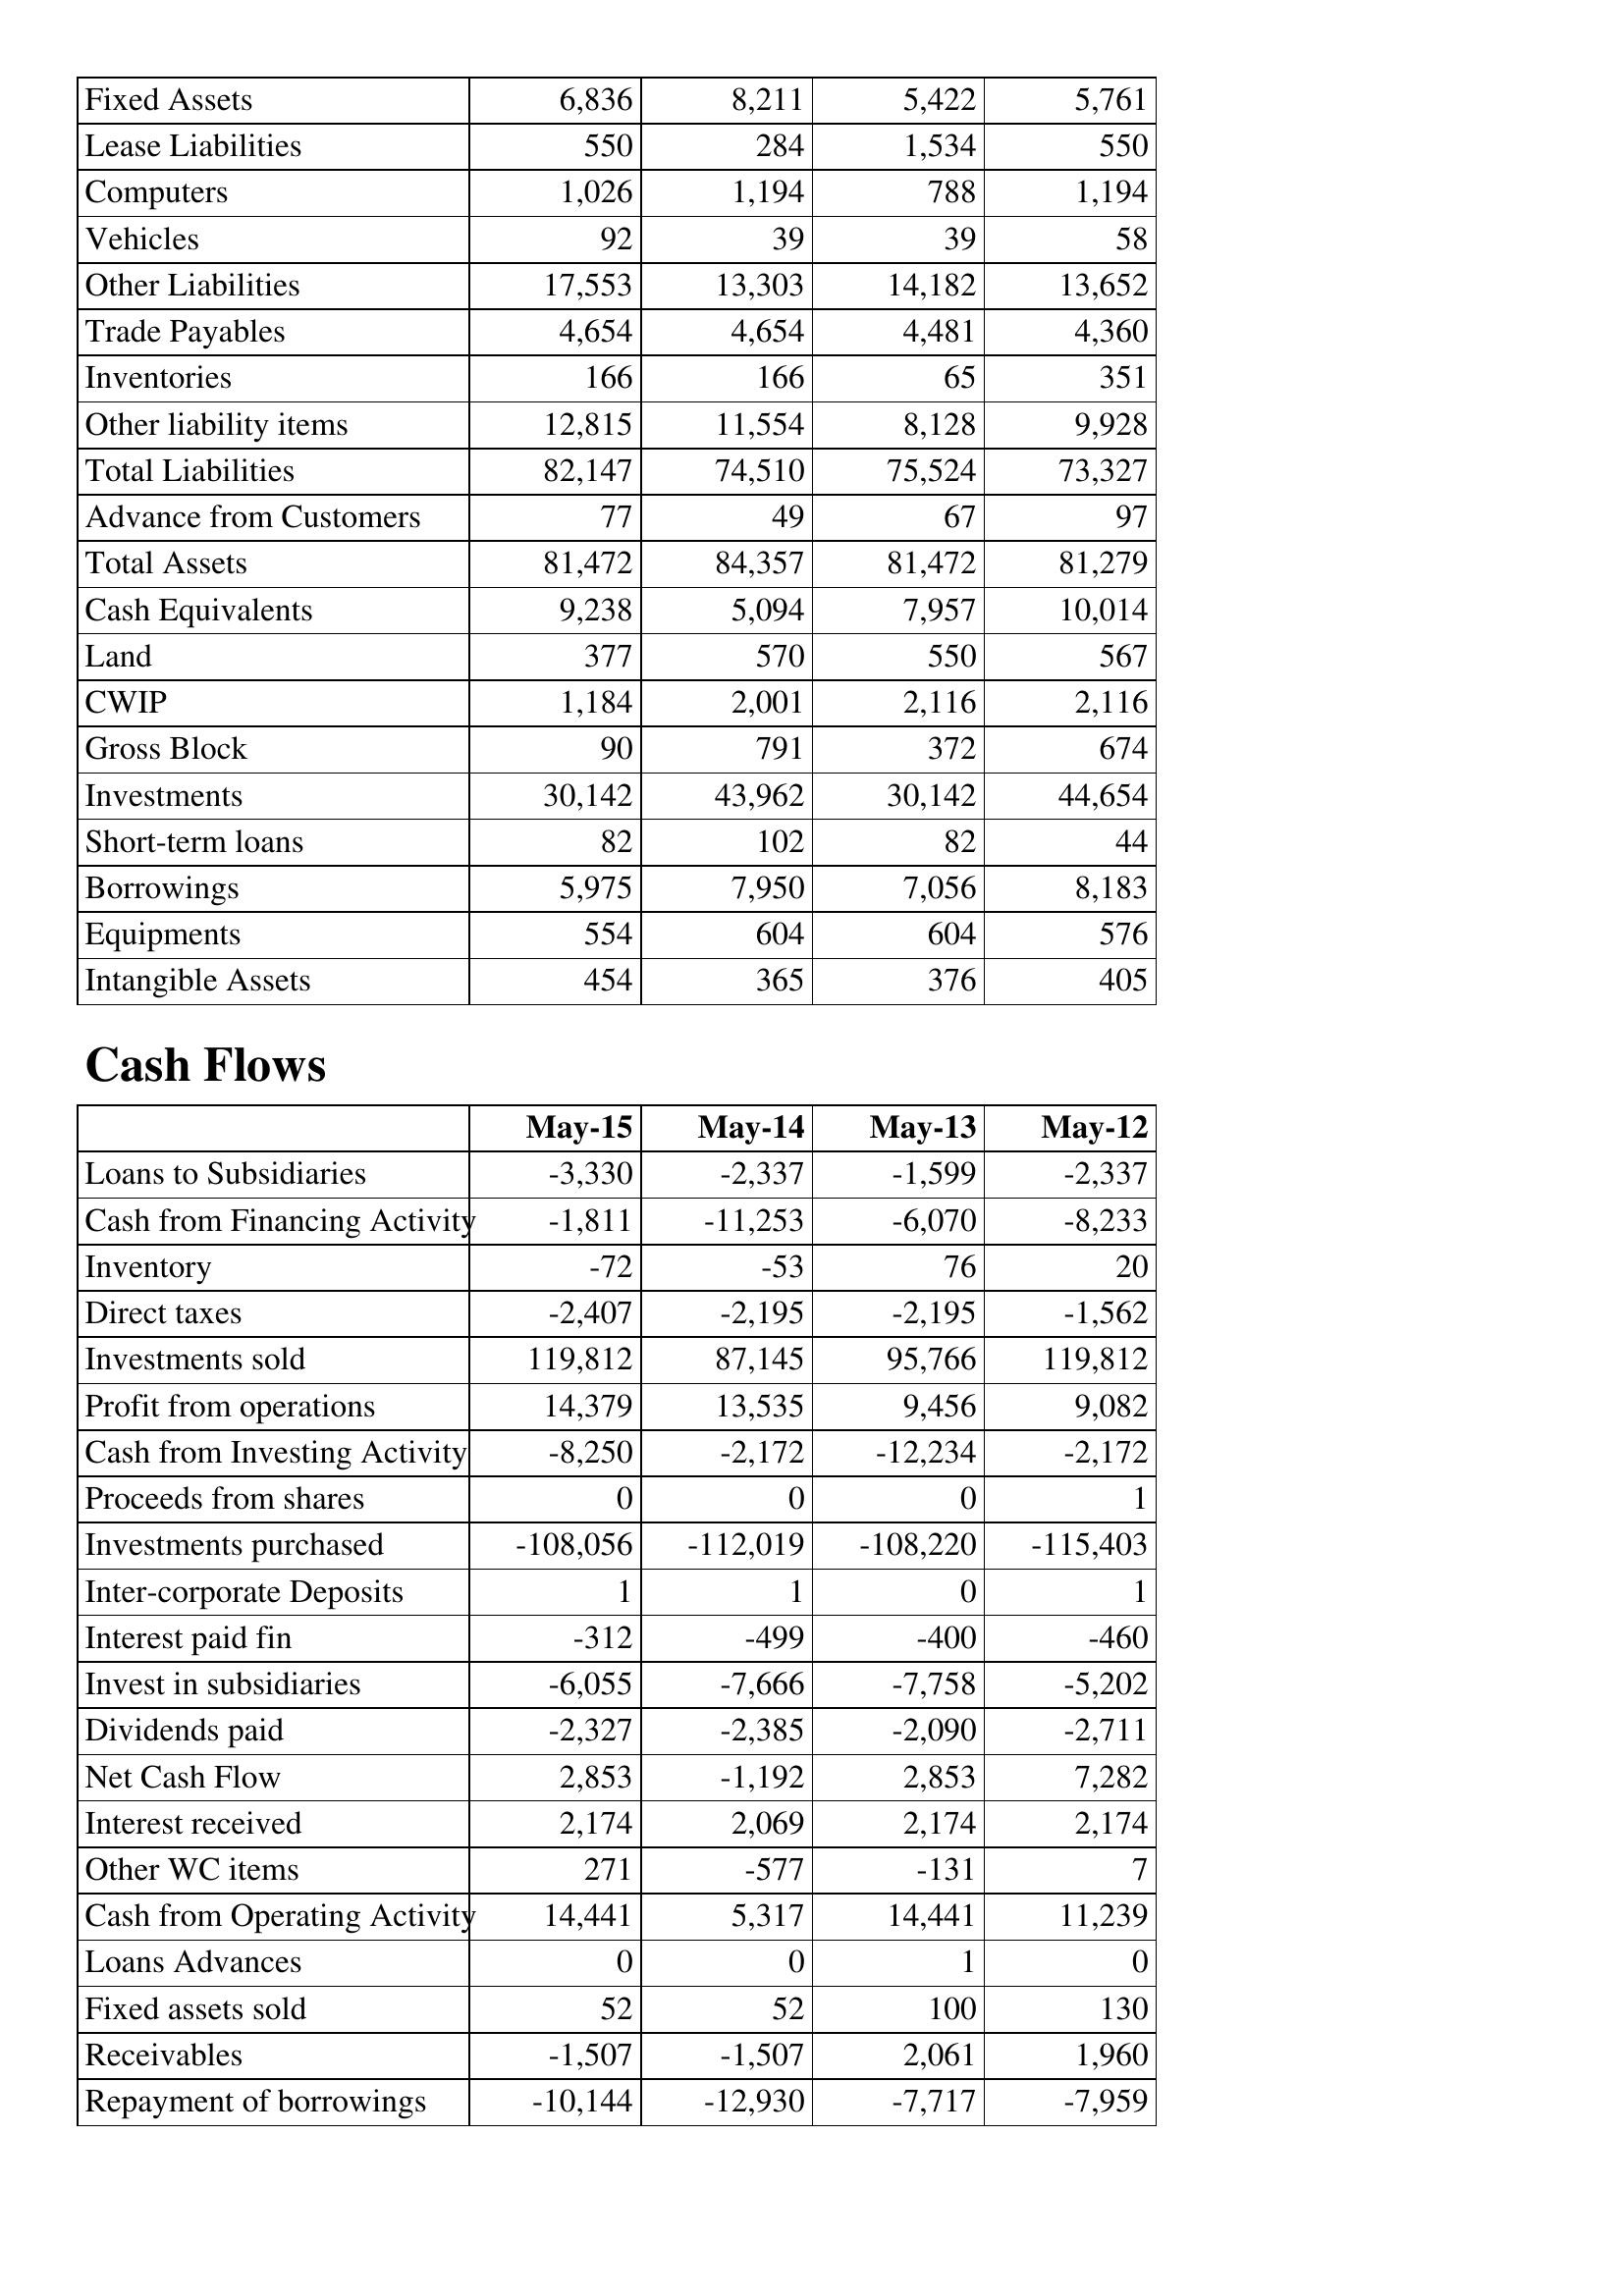
May-15: Balance Sheet: Fixed Assets: 6,836
Lease Liabilities: 550
Computers: 1,026
Vehicles: 92
Other Liabilities: 17,553
Trade Payables: 4,654
Inventories: 166
Other liability items: 12,815
Total Liabilities: 82,147
Advance from Customers: 77
Total Assets: 81,472
Cash Equivalents: 9,238
Land: 377
CWIP: 1,184
Gross Block: 90
Investments: 30,142
Short-term loans: 82
Borrowings: 5,975
Equipments: 554
Intangible Assets: 454
Cash Flows: Loans to Subsidiaries: -3,330
Cash from Financing Activity: -1,811
Inventory: -72
Direct taxes: -2,407
Investments sold: 119,812
Profit from operations: 14,379
Cash from Investing Activity: -8,250
Proceeds from shares: 0
Investments purchased: -108,056
Inter-corporate Deposits: 1
Interest paid fin: -312
Invest in subsidiaries: -6,055
Dividends paid: -2,327
Net Cash Flow: 2,853
Interest received: 2,174
Other WC items: 271
Cash from Operating Activity: 14,441
Loans Advances: 0
Fixed assets sold: 52
Receivables: -1,507
Repayment of borrowings: -10,144
May-14: Balance Sheet: Fixed Assets: 8,211
Lease Liabilities: 284
Computers: 1,194
Vehicles: 39
Other Liabilities: 13,303
Trade Payables: 4,654
Inventories: 166
Other liability items: 11,554
Total Liabilities: 74,510
Advance from Customers: 49
Total Assets: 84,357
Cash Equivalents: 5,094
Land: 570
CWIP: 2,001
Gross Block: 791
Investments: 43,962
Short-term loans: 102
Borrowings: 7,950
Equipments: 604
Intangible Assets: 365
Cash Flows: Loans to Subsidiaries: -2,337
Cash from Financing Activity: -11,253
Inventory: -53
Direct taxes: -2,195
Investments sold: 87,145
Profit from operations: 13,535
Cash from Investing Activity: -2,172
Proceeds from shares: 0
Investments purchased: -112,019
Inter-corporate Deposits: 1
Interest paid fin: -499
Invest in subsidiaries: -7,666
Dividends paid: -2,385
Net Cash Flow: -1,192
Interest received: 2,069
Other WC items: -577
Cash from Operating Activity: 5,317
Loans Advances: 0
Fixed assets sold: 52
Receivables: -1,507
Repayment of borrowings: -12,930
May-13: Balance Sheet: Fixed Assets: 5,422
Lease Liabilities: 1,534
Computers: 788
Vehicles: 39
Other Liabilities: 14,182
Trade Payables: 4,481
Inventories: 65
Other liability items: 8,128
Total Liabilities: 75,524
Advance from Customers: 67
Total Assets: 81,472
Cash Equivalents: 7,957
Land: 550
CWIP: 2,116
Gross Block: 372
Investments: 30,142
Short-term loans: 82
Borrowings: 7,056
Equipments: 604
Intangible Assets: 376
Cash Flows: Loans to Subsidiaries: -1,599
Cash from Financing Activity: -6,070
Inventory: 76
Direct taxes: -2,195
Investments sold: 95,766
Profit from operations: 9,456
Cash from Investing Activity: -12,234
Proceeds from shares: 0
Investments purchased: -108,220
Inter-corporate Deposits: 0
Interest paid fin: -400
Invest in subsidiaries: -7,758
Dividends paid: -2,090
Net Cash Flow: 2,853
Interest received: 2,174
Other WC items: -131
Cash from Operating Activity: 14,441
Loans Advances: 1
Fixed assets sold: 100
Receivables: 2,061
Repayment of borrowings: -7,717
May-12: Balance Sheet: Fixed Assets: 5,761
Lease Liabilities: 550
Computers: 1,194
Vehicles: 58
Other Liabilities: 13,652
Trade Payables: 4,360
Inventories: 351
Other liability items: 9,928
Total Liabilities: 73,327
Advance from Customers: 97
Total Assets: 81,279
Cash Equivalents: 10,014
Land: 567
CWIP: 2,116
Gross Block: 674
Investments: 44,654
Short-term loans: 44
Borrowings: 8,183
Equipments: 576
Intangible Assets: 405
Cash Flows: Loans to Subsidiaries: -2,337
Cash from Financing Activity: -8,233
Inventory: 20
Direct taxes: -1,562
Investments sold: 119,812
Profit from operations: 9,082
Cash from Investing Activity: -2,172
Proceeds from shares: 1
Investments purchased: -115,403
Inter-corporate Deposits: 1
Interest paid fin: -460
Invest in subsidiaries: -5,202
Dividends paid: -2,711
Net Cash Flow: 7,282
Interest received: 2,174
Other WC items: 7
Cash from Operating Activity: 11,239
Loans Advances: 0
Fixed assets sold: 130
Receivables: 1,960
Repayment of borrowings: -7,959